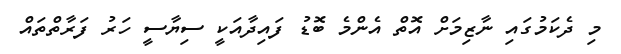
މި ދެކަމުގައި ނާޒިމަށް އޮތް އެންމެ ބޮޑު ފައިދާއަކީ ސިޔާސީ ހަރު ފަރާތްތައް